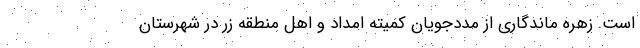
است. زهره ماندگاری از مددجویان کمیته امداد و اهل منطقه زَر در شهرستان